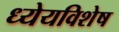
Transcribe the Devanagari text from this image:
ध्येयविशेष